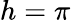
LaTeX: h=\pi